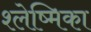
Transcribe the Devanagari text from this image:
श्‍लेष्मिका